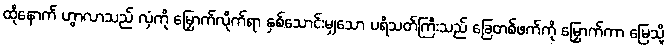
ထိုနောက် ဟွာလာသည် လှံကို မြှောက်လိုက်ရာ နှစ်သောင်းမျှသော ပရိသတ်ကြီးသည် ခြေတစ်ဖက်ကို မြှောက်ကာ မြေသို့